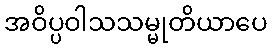
အဝိပ္ပဝါသသမ္မုတိယာပေ